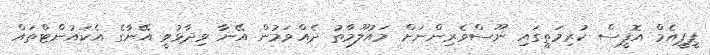
ޕީޕީއެމް އޮފީސް ކުރިމަތީގައި ނޫސްވެރިންނަށް މައުލޫމާތު ދެއްވަމުން އޭނާ ވިދާޅުވީ އޭނާގެ އެކައުންޓްތައް